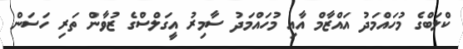
ކްލަބްގެ މުހައްމަދު އައްޒާމް އާއި މުހައްމަދު ސާމިރު އީގަލްސްގެ ޒުވާން ތަރި ހަސަން